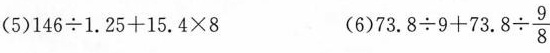
(5)$$1 4 6 \div 1 . 2 5 + 1 5 . 4 \times 8$$ (6)$$7 3 . 8 \div 9 + 7 3 . 8 \div \frac { 9 } { 8 }$$